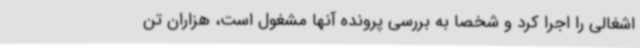
اشغالی را اجرا کرد و شخصا به بررسی پرونده آنها مشغول است، هزاران تن